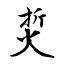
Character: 烲